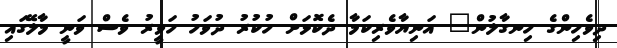
ދިވެހިންގެ ހިނގާލުން" އަނިޔާވެރިކަމާ ދެކޮޅަށް ހުކުރު ދުވަހު ހަވީރު ވެސް ވަނީ މާލޭގައި